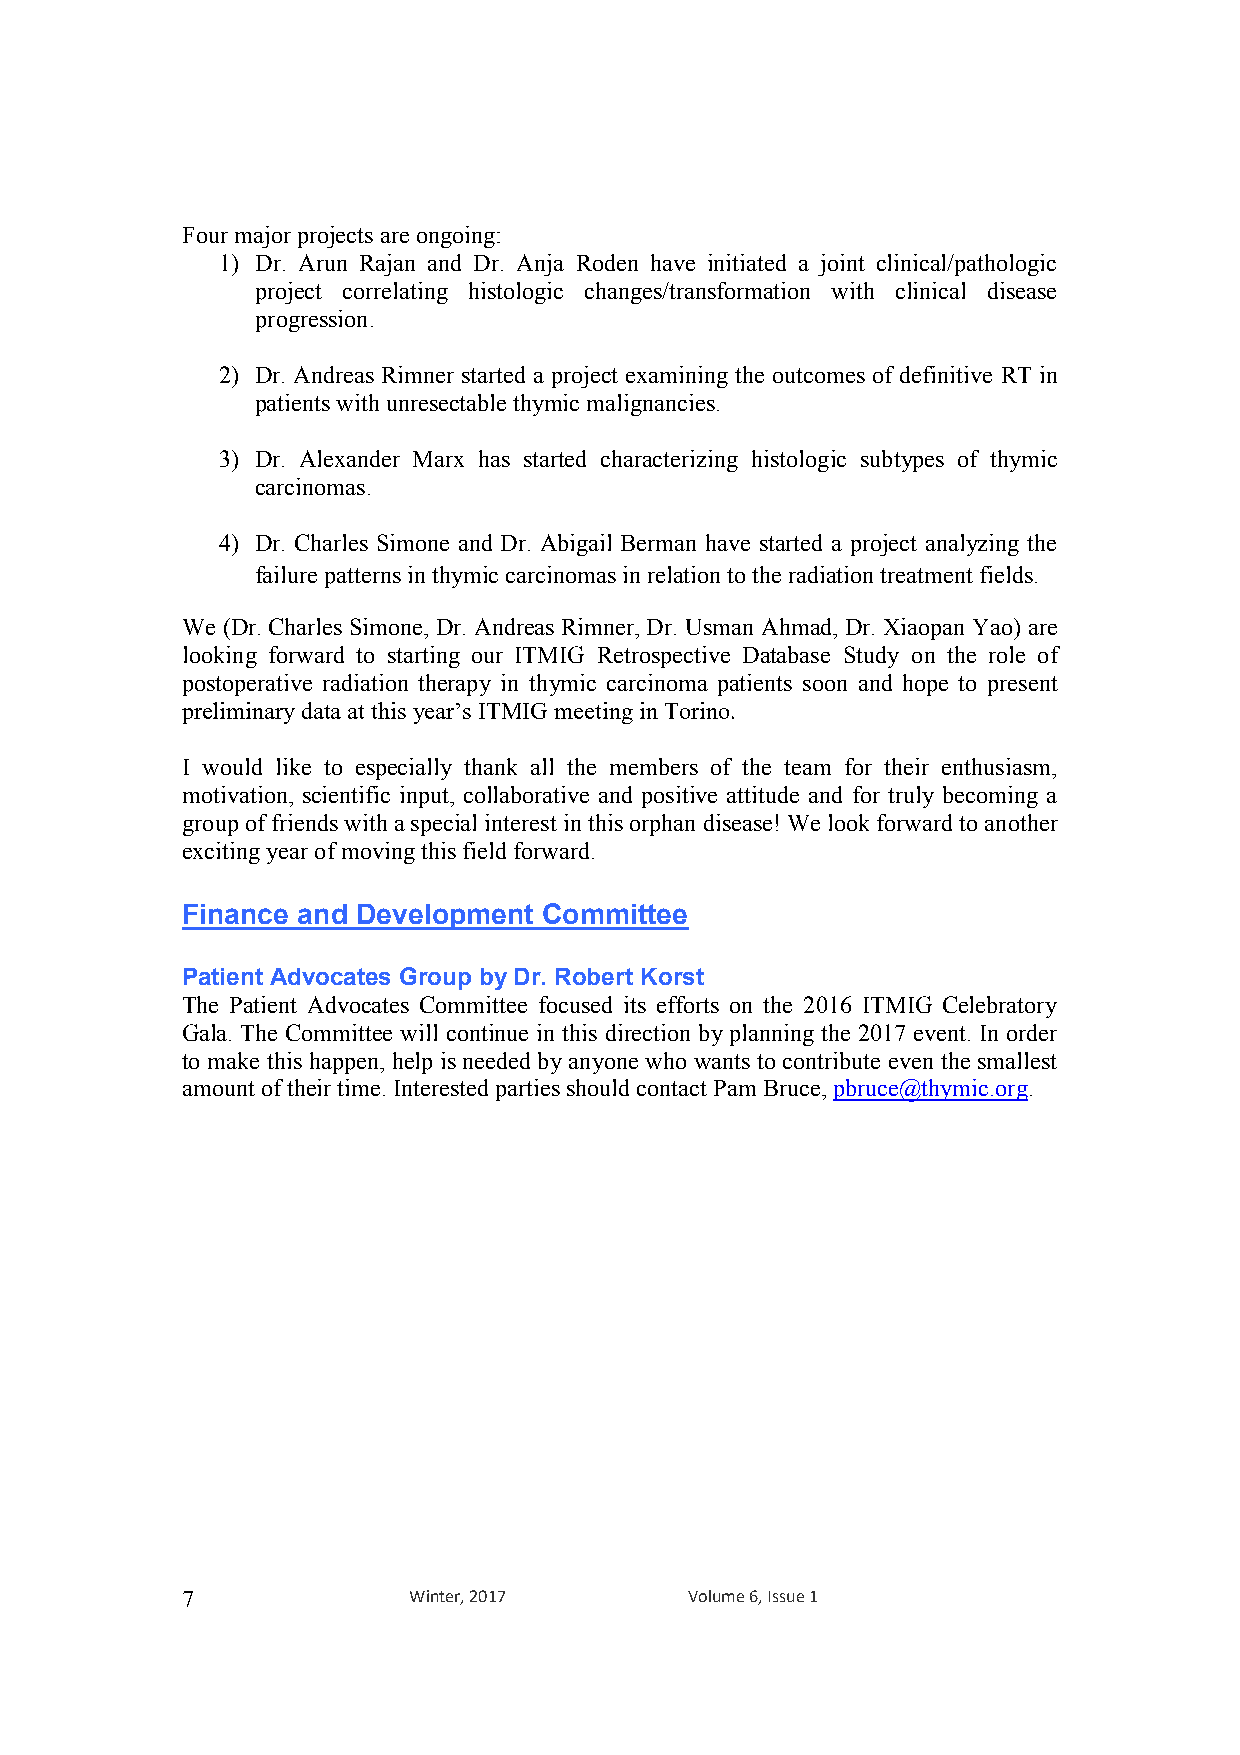
Four major projects are ongoing:
 1) Dr. Arun Rajan and Dr. Anja Roden have initiated a joint clinical/pathologic
 project correlating histologic changes/transformation with clinical disease
 progression.
 2) Dr. Andreas Rimner started a project examining the outcomes of definitive RT in
 patients with unresectable thymic malignancies.
 3) Dr. Alexander Marx has started characterizing histologic subtypes of thymic
 carcinomas.
 4) Dr. Charles Simone and Dr. Abigail Berman have started a project analyzing the
 failure patterns in thymic carcinomas in relation to the radiation treatment fields.
 We (Dr. Charles Simone, Dr. Andreas Rimner, Dr. Usman Ahmad, Dr. Xiaopan Yao) are
 looking forward to starting our ITMIG Retrospective Database Study on the role of
 postoperative radiation therapy in thymic carcinoma patients soon and hope to present
 preliminary data at this year’s ITMIG meeting in Torino.
 I would like to especially thank all the members of the team for their enthusiasm,
 motivation, scientific input, collaborative and positive attitude and for truly becoming a
 group of friends with a special interest in this orphan disease! We look forward to another
 exciting year of moving this field forward.
 Finance and Development Committee
 Patient Advocates Group by Dr. Robert Korst
 The Patient Advocates Committee focused its efforts on the 2016 ITMIG Celebratory
 Gala. The Committee will continue in this direction by planning the 2017 event. In order
 to make this happen, help is needed by anyone who wants to contribute even the smallest
 amount of their time. Interested parties should contact Pam Bruce, pbruce@thymic.org.
 7              Winter, 2017       Volume 6, Issue 1